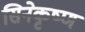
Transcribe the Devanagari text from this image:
सिनेकृष्ण